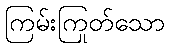
ကြမ်းကြုတ်သော